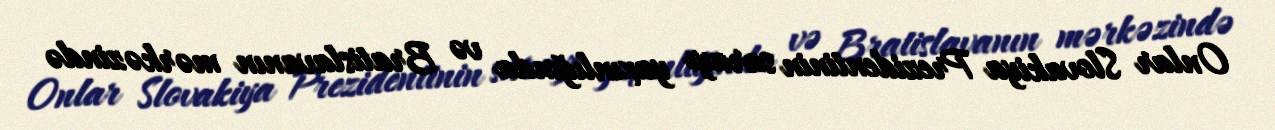
Onlar Slovakiya Prezidentinin sarayı yaxınlığında və Bratislavanın mərkəzində